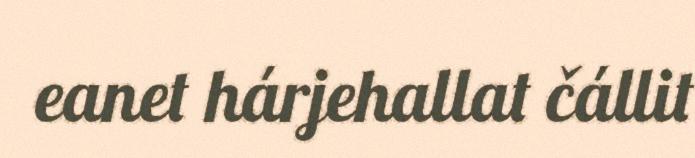
eanet hárjehallat čállit